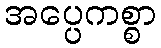
အပ္ပေကစ္စာ